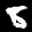
Label: 8